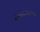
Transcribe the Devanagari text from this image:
सोसायटीतल्याच